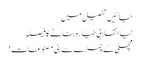
جانئیں تفصیل میں
نیا انقلابی طیارہ بنانے کا فیصلہ
مچھلی کے چمڑے سے بنی مصنوعات!